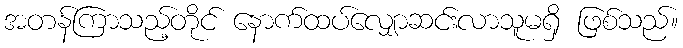
အတန်ကြာသည့်တိုင် နောက်ထပ်လျှောဆင်းလာသူမရှိ ဖြစ်သည်။